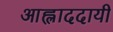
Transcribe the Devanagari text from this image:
आह्लाददायी